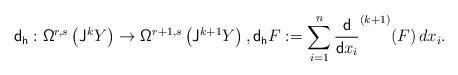
LaTeX: \begin{align*}\mathsf{d_h}:{\mathsf{\Omega}}^{r,s}\left({\sf J}^kY\right)\rightarrow{\mathsf{\Omega}}^{r+1,s}\left({\sf J}^{k+1}Y\right),\mathsf{d_h}F:=\sum_{i=1}^n\frac{\mathsf{d}}{\mathsf{d}x_i}^{(k+1)}(F)\,dx_i.\end{align*}